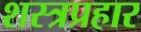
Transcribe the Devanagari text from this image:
शस्त्रप्रहार